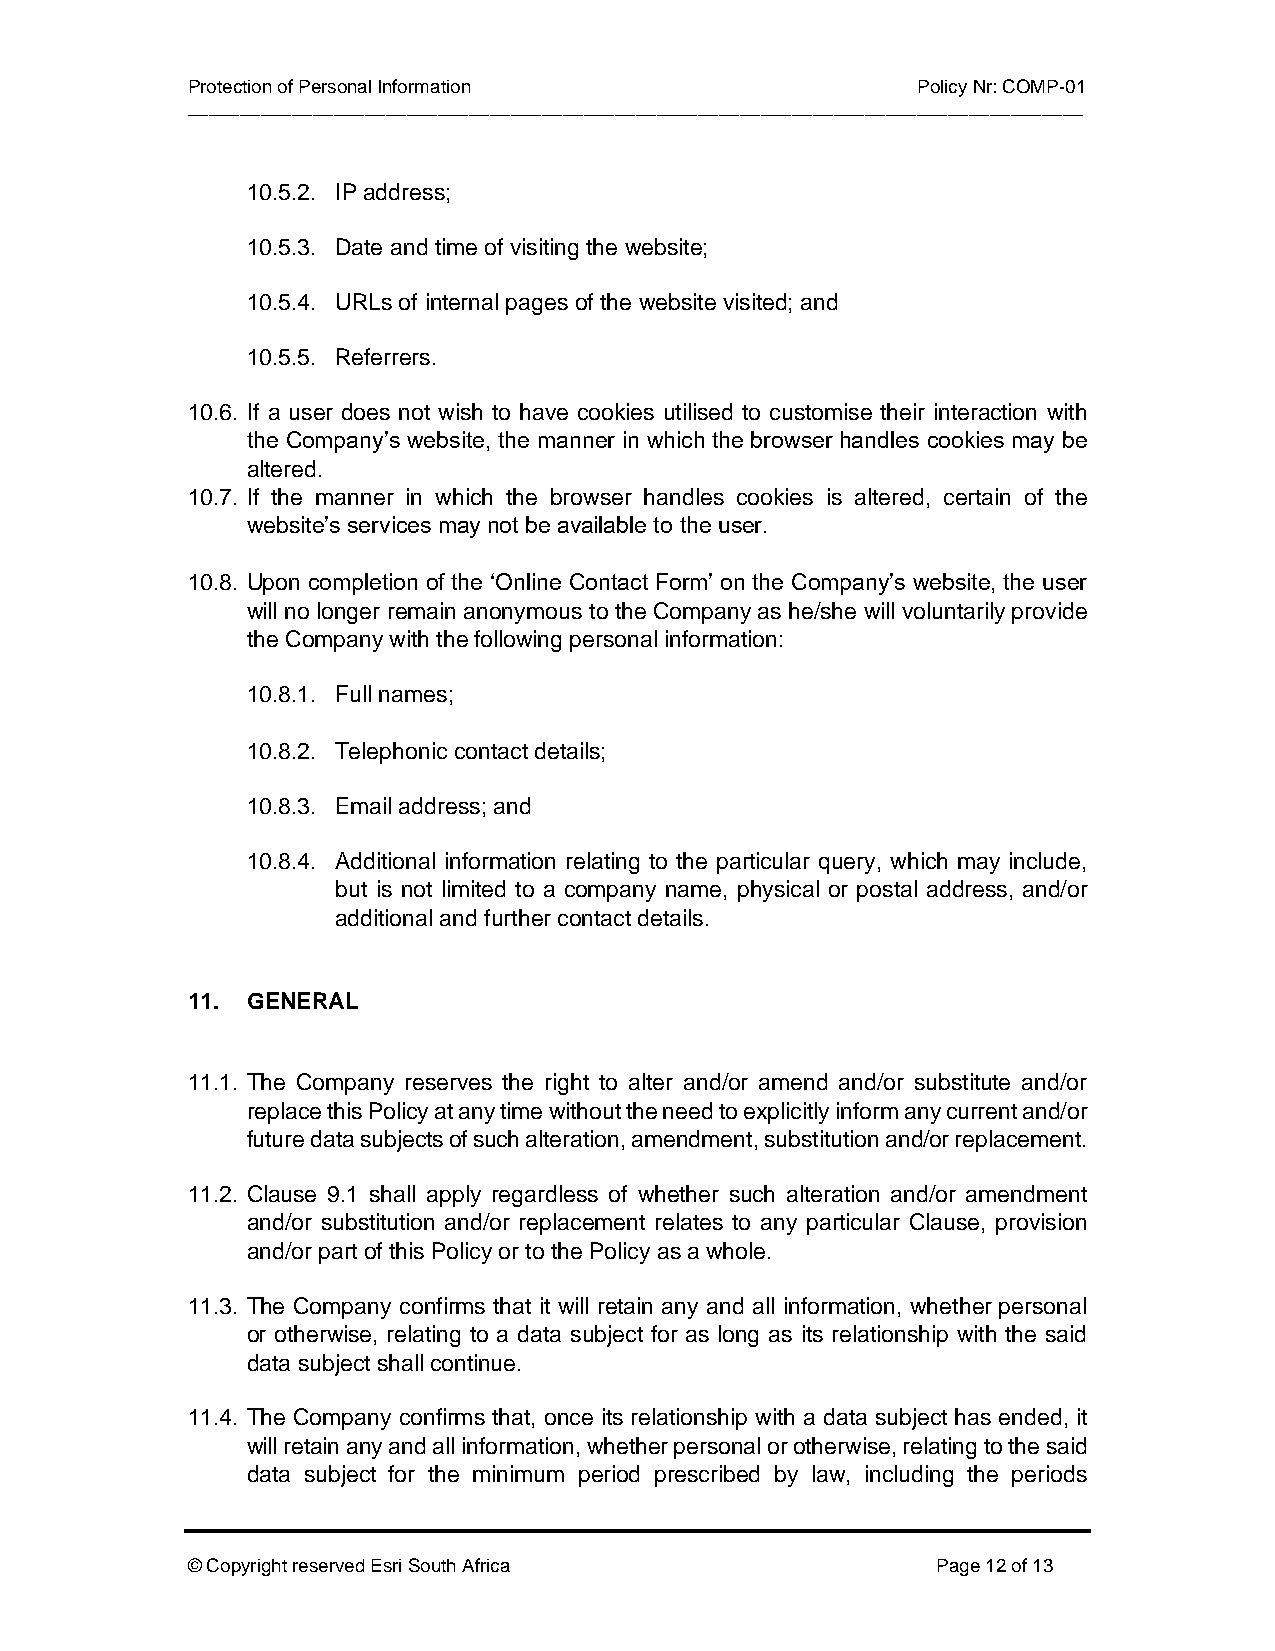
Protection of Personal Information               Policy Nr: COMP-01
 ______________________________________________________________________________________
 10.5.2. IP address;
 10.5.3. Date and time of visiting the website;
 10.5.4. URLs of internal pages of the website visited; and
 10.5.5. Referrers.
 10.6. If a user does not wish to have cookies utilised to customise their interaction with
 the Company’s website, the manner in which the browser handles cookies may be
 altered.
 10.7. If the manner in which the browser handles cookies is altered, certain of the
 website’s services may not be available to the user.
 10.8. Upon completion of the ‘Online Contact Form’ on the Company’s website, the user
 will no longer remain anonymous to the Company as he/she will voluntarily provide
 the Company with the following personal information:
 10.8.1. Full names;
 10.8.2. Telephonic contact details;
 10.8.3. Email address; and
 10.8.4. Additional information relating to the particular query, which may include,
 but is not limited to a company name, physical or postal address, and/or
 additional and further contact details.
 11. GENERAL
 11.1. The Company reserves the right to alter and/or amend and/or substitute and/or
 replace this Policy at any time without the need to explicitly inform any current and/or
 future data subjects of such alteration, amendment, substitution and/or replacement.
 11.2. Clause 9.1 shall apply regardless of whether such alteration and/or amendment
 and/or substitution and/or replacement relates to any particular Clause, provision
 and/or part of this Policy or to the Policy as a whole.
 11.3. The Company confirms that it will retain any and all information, whether personal
 or otherwise, relating to a data subject for as long as its relationship with the said
 data subject shall continue.
 11.4. The Company confirms that, once its relationship with a data subject has ended, it
 will retain any and all information, whether personal or otherwise, relating to the said
 data subject for the minimum period prescribed by law, including the periods
 © Copyright reserved Esri South Africa            Page 12 of 13